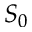
S _ { 0 }